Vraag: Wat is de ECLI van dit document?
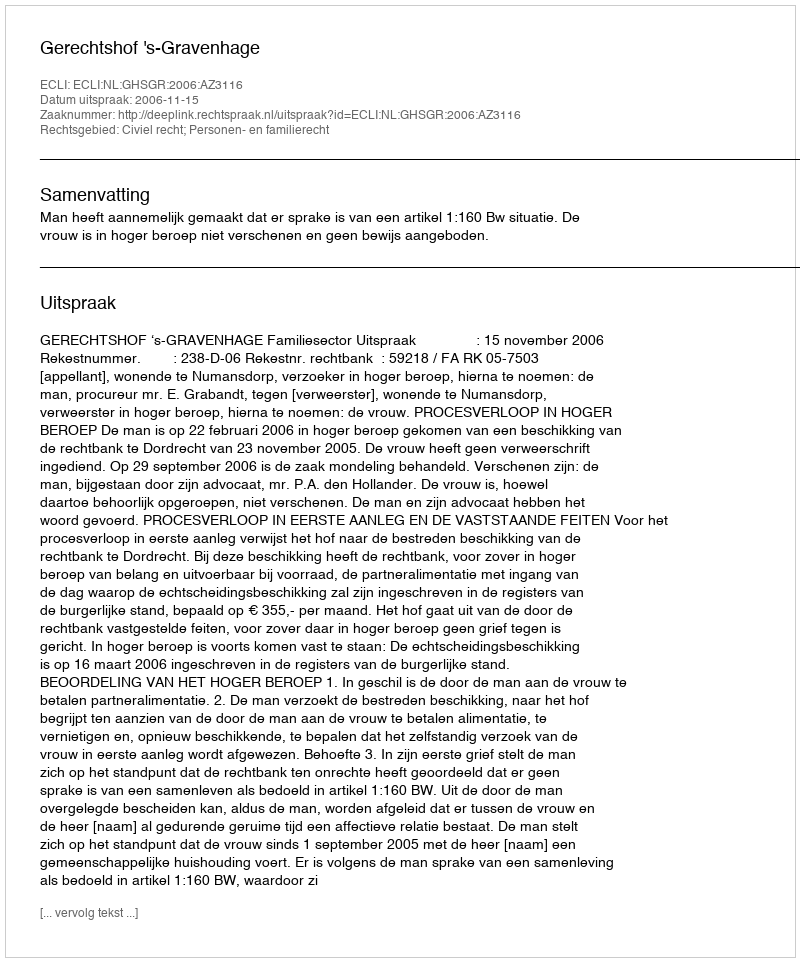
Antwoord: ECLI:NL:GHSGR:2006:AZ3116